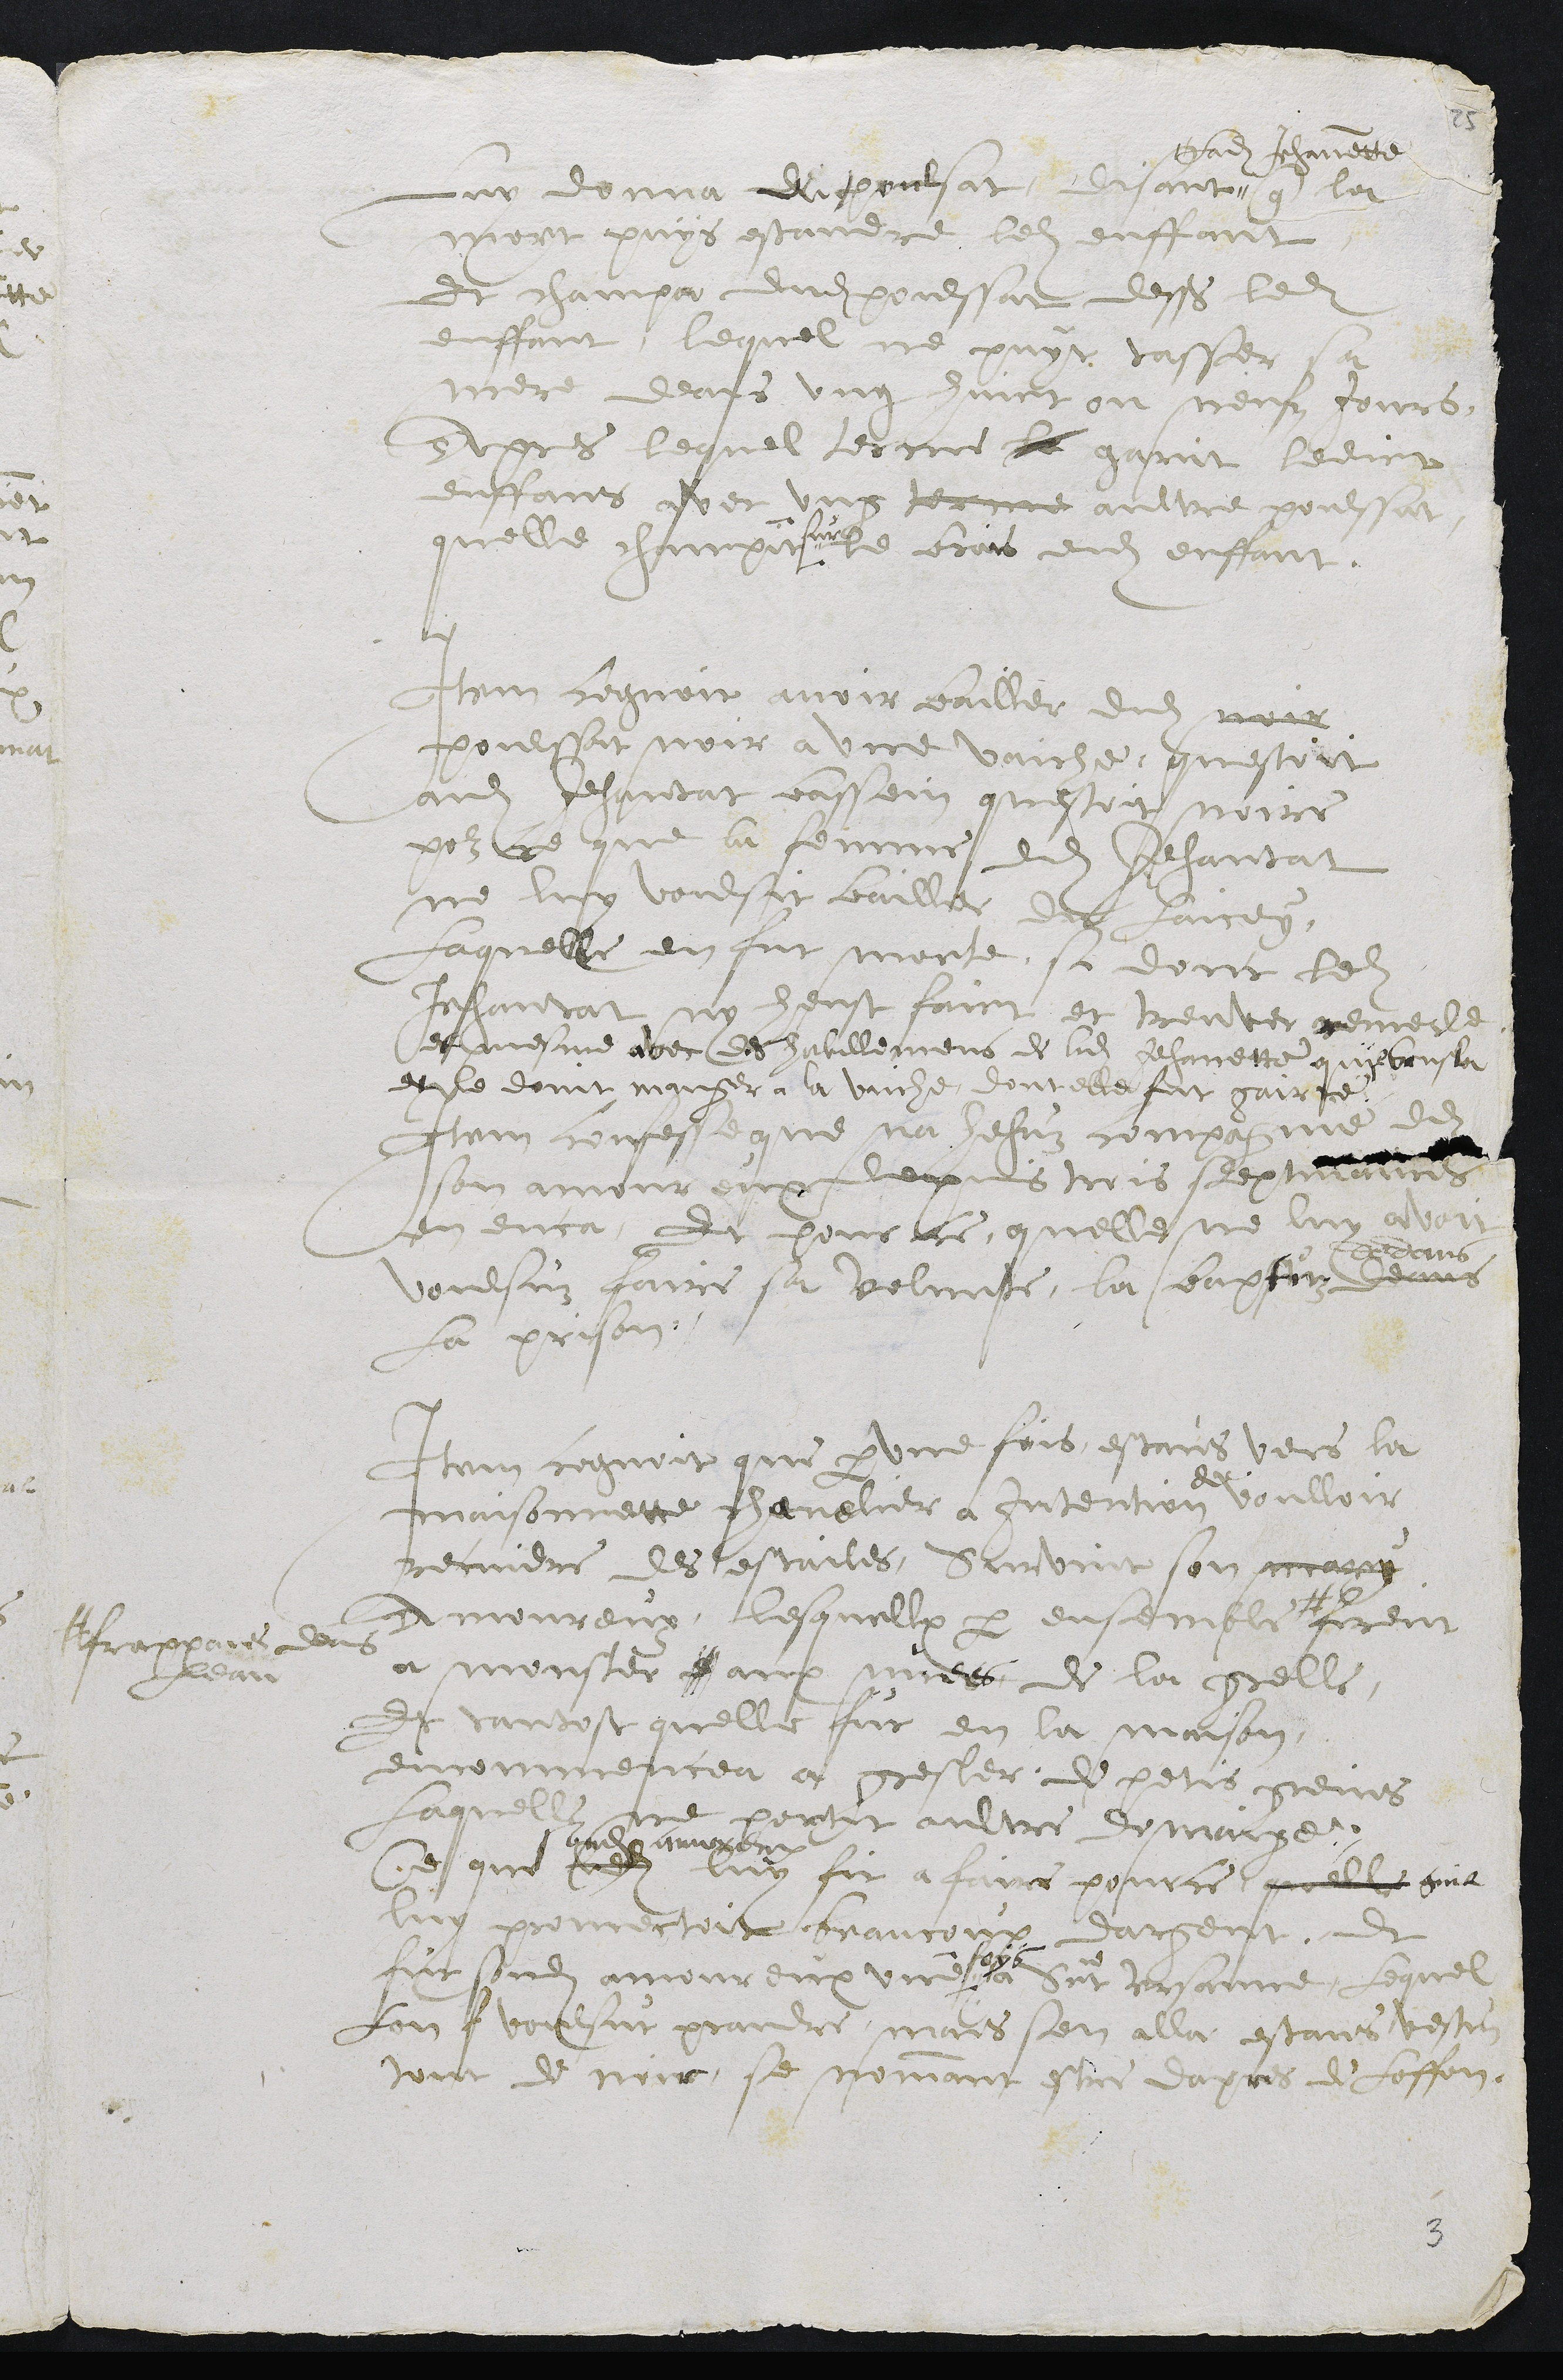
Luy donna du poulsat, disant "
" ladite Jehannette
que la
mort puys estandre ledit enffant
Et champa dudit poulssat dessus ledit
enffant, lequel ne puyt tasser sa
mere deans ung huict ou neufz jours.
Apres lequel terme le garit ledict
enffans avec ung terme aultre poulssat
quelle champit  "
" sur
le brais dudit enffant.
Item cognoit avoir bailler dudit noir
poulssat noir a une vaiche, questoit
audit Jehantat bassein questoit noire
pour ce que la femme dudit Jehantat
ne luy voulsit bailler du laicey.
Laquelle en fut morte, si dont ledit
Jehantat ny heust faict et treuver remede
et mesme avec des habillemens de ladite Jehanette quil brusla
et le donit manger a la vaiche, dont elle fut gairie.
Item confesse que na hehuz compagnie de
son amoureux depuis trois septmaines
environ, Et pour ce, quelle ne luy avoit
voulsuz faire sa volunte, la baptiz deans
dedans
la prison.
Item cognoit que par une fois estans vers la
maisonnette chanelier a intention
de
voulloir
recuidre des estailes, Survint son mary
Amoureux, lesquellx par ensemble #
# frappans dens
leau
firent
a monster d aux nuees de la grelle,
Et tantost quelle fut en la maison,
encommencea a gresler de petis greins
laquelle ne portit aultre demaige.
Ce que ledit
sondit amoureux
luy fit a faire pour ce quelle quil
luy promectoit beaucoup dargent, et
fit sondit amoureux une
- foys
a Sainct Ursanne, lequel
lon f voulsut prandre mais sen alla estans vestu
tout de noir, se nommant estre dapres de Loffon.